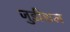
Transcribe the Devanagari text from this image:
जुडीशल